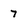
Character: 7